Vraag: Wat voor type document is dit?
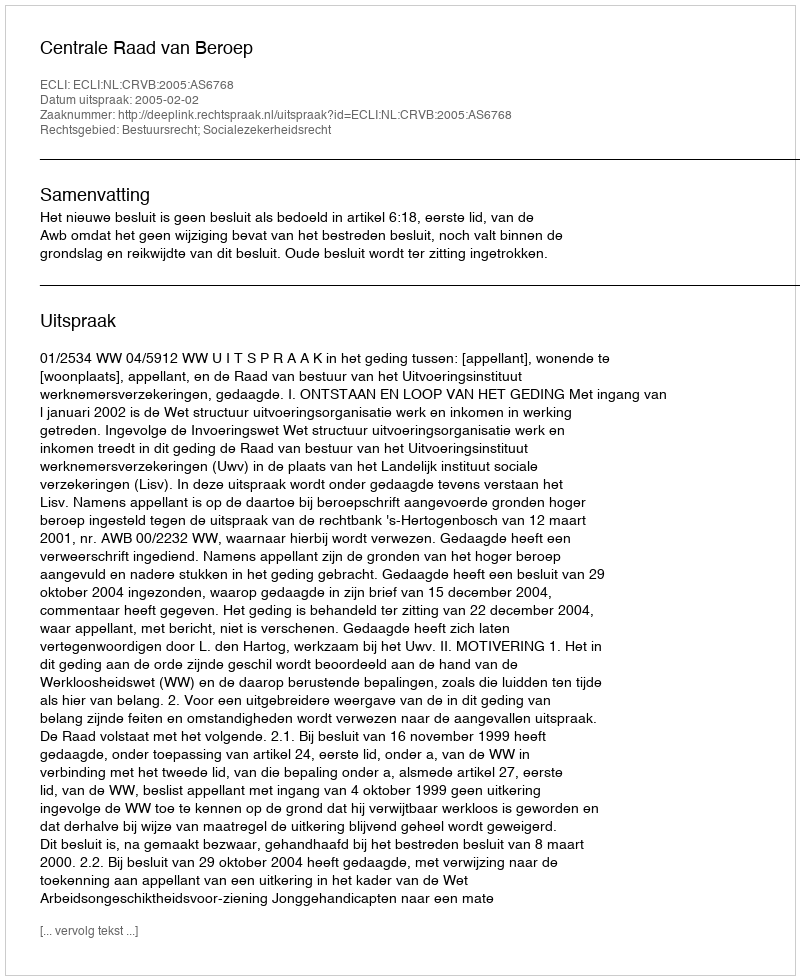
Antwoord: Uitspraak